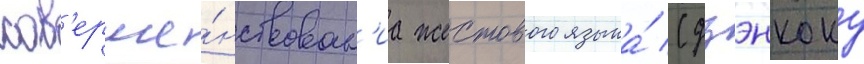
сов'ерше́нствован'иа жестового языка́ (дзэнкоку